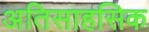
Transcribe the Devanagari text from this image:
अतिसाहसिक